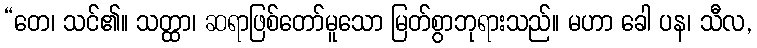
“တေ၊ သင်၏။ သတ္ထာ၊ ဆရာဖြစ်တော်မူသော မြတ်စွာဘုရားသည်။ မဟာ ခေါ ပန၊ သီလ,